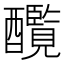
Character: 𨣸